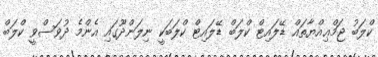
ކްލަބު ޖަމްޢިއްޔާތައް ޑޭލައިޓް ކްލަބް ޑޭލައިޓް ކްލަބަކީ ނިލަންދޫގައި އެންމެ ދުވަސްވީ ކްލަބް